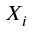
X _ { i }